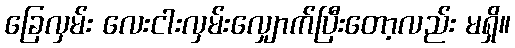
ခြေလှမ်း လေးငါးလှမ်းလျှောက်ပြီးတော့လည်း မရှိ။